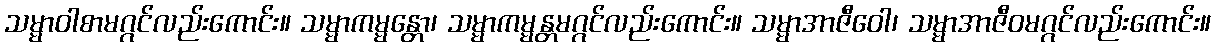
သမ္မာဝါစာမဂ္ဂင်လည်းကောင်း။ သမ္မာကမ္မန္တော၊ သမ္မာကမ္မန္တမဂ္ဂင်လည်းကောင်း။ သမ္မာအာဇီဝေါ၊ သမ္မာအာဇီဝမဂ္ဂင်လည်းကောင်း။